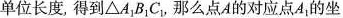
单位长度，得到\triangle A_{1}B_{1}C_{1}，那么点A的对应点A_{1}的坐